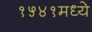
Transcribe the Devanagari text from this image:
१५४१मध्ये